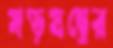
ষড়যন্ত্রের